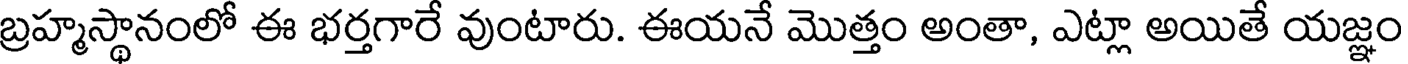
బ్రహ్మస్థానంలో ఈ భర్తగారే వుంటారు. ఈయనే మొత్తం అంతా, ఎట్లా అయితే యజ్ఞం